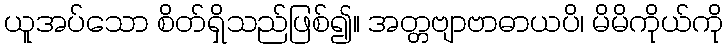
ယူအပ်သော စိတ်ရှိသည်ဖြစ်၍။ အတ္တဗျာဗာဓာယပိ၊ မိမိကိုယ်ကို